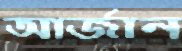
আর্জান